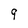
Character: q